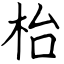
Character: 枱